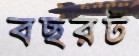
বছরট